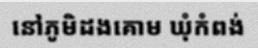
នៅភូមិដងគោម ឃុំកំពង់